Malaria in the Duars
Disease focus: Malaria
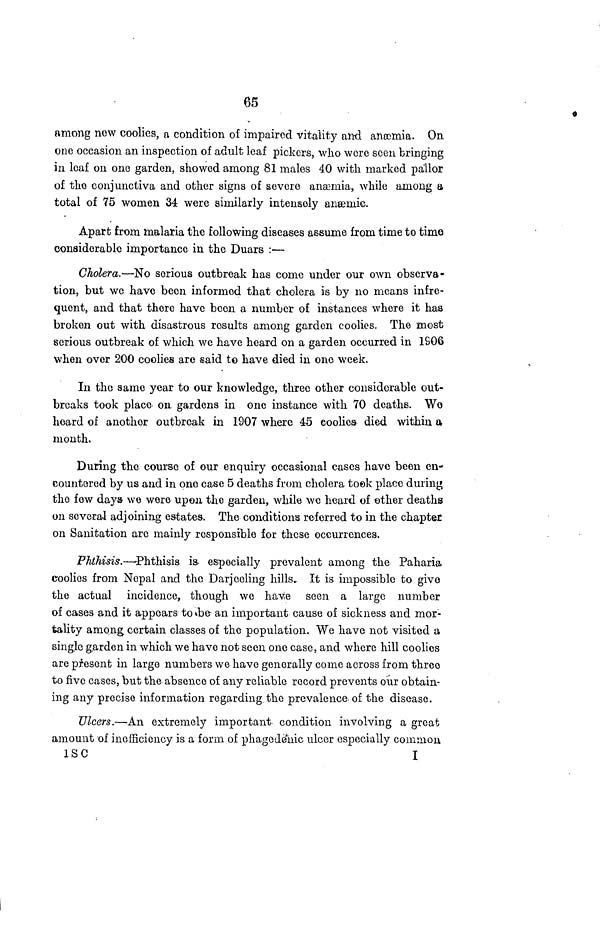
65
among now coolies, a condition of impaired vitality and anæmia. On
one occasion an inspection of adult leaf pickers, who were seen bringing
in loaf on one garden, showed among 81 males 40 with marked pallor
of the conjunctiva and other signs of severe anæmia, while among a
total of 75 women 34 were similarly intensely anæmia.
Apart from malaria the following diseases assume from time to time
considerable importance in the Duars :—
Cholera.—No serious outbreak has come under our own observa-
tion, but we have been informed that cholera is by no means infre-
quent, and that there have been a number of instances where it has
broken out with disastrous results among garden coolies. The most
serious outbreak of which we have heard on a garden occurred in 1906
when over 200 coolies are said to have died in one week.
In the same year to our knowledge, three other considerable out-
breaks took place OIL gardens in one instance with 70 deaths. We
heard of another outbreak in 1907 where 45 coolies died within a
month.
During the course of our enquiry occasional cases have been en-
countered by us and in one case 5 deaths from cholera took place during
the few days we were upon the garden, while we heard of ether deaths
on several adjoining estates. The conditions referred to in the chapter
on Sanitation arc mainly responsible for these occurrences.
Phthisis.—Phthisis is especially prevalent among the Paharia
coolies from Nopal and the Darjeeling hills. It is impossible to give
the actual incidence, though we have seen a large number
of cases and it appears to be an important cause of sickness and mor-
tality among certain classes of the population. We have not visited a
single garden in which we have not seen one case, and where hill coolies
are present in large numbers we have generally come across from three
to five cases, but the absence of any reliable record prevents our obtain-
ing any precise information regarding the prevalence of the disease.
Ulcers.—An extremely important condition involving a great
amount of inefficiency is a form of phagedenic ulcer especially common
1 SC
I